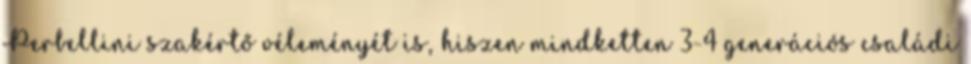
Perbellini szakértő véleményét is, hiszen mindketten 3-4 generációs családi